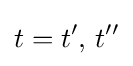
t=t',\,t''